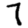
Digit: 7